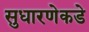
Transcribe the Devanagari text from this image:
सुधारणेकडे